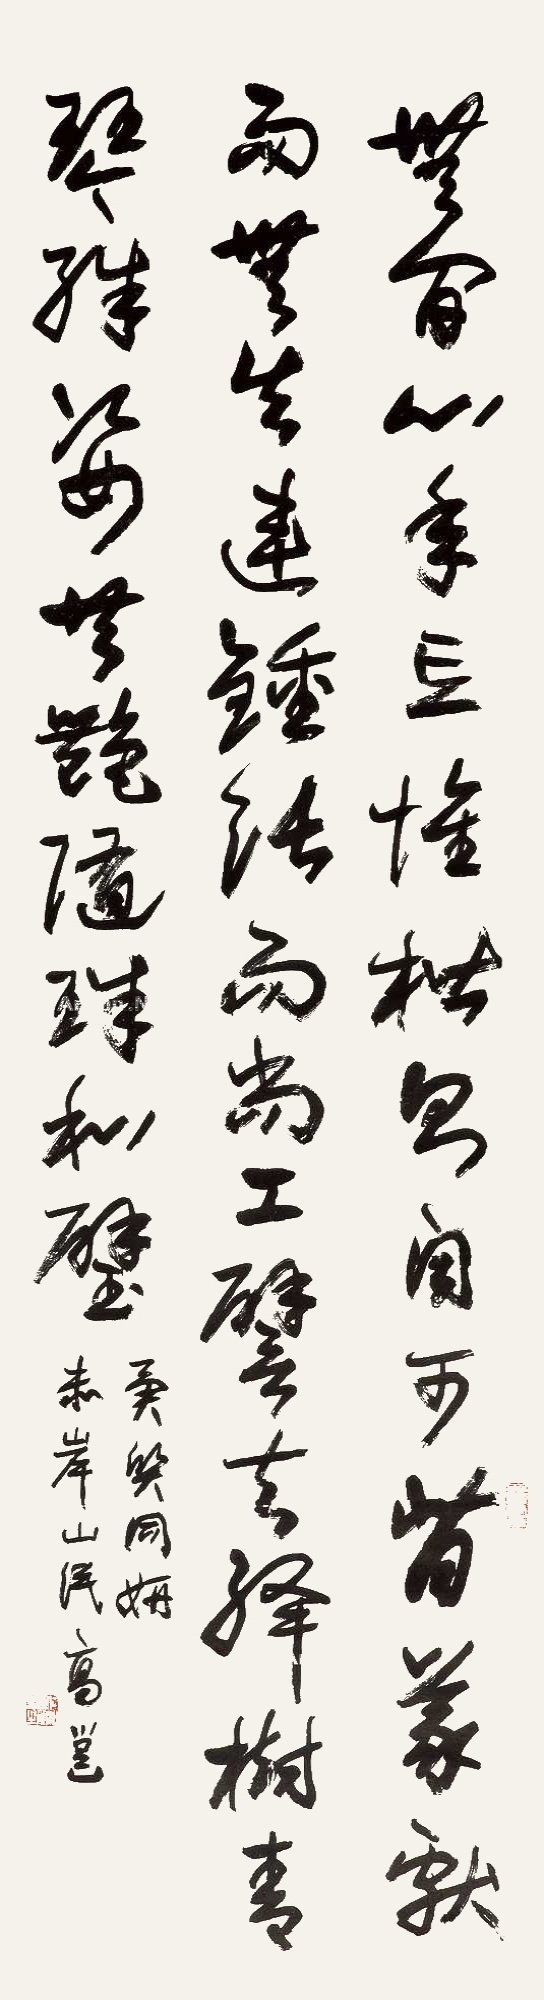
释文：无间心手，忘怀楷则；自可背羲献而无失，违钟张而尚工。譬夫绛树青琴，殊姿共艳；随珠和璧，异质同妍。未岸山民高邕。